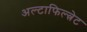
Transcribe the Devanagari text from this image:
अल्टाफिल्त्रेट